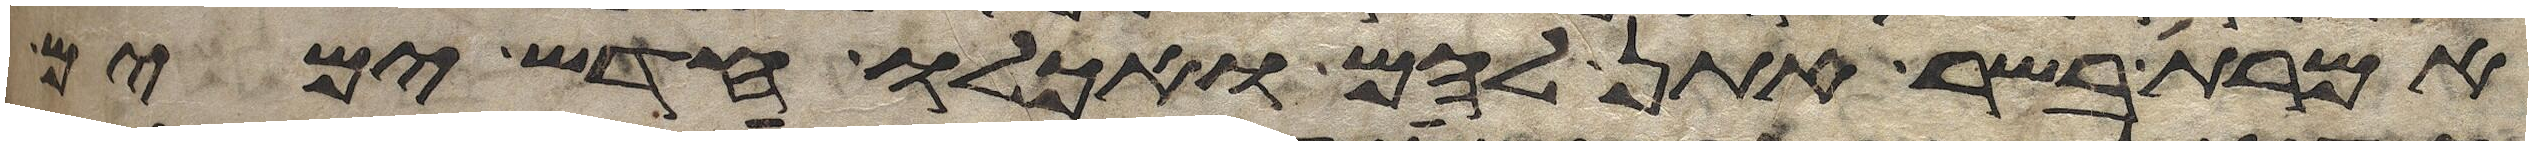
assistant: אמרת בשר אתן להם ואכלו חדש ימים